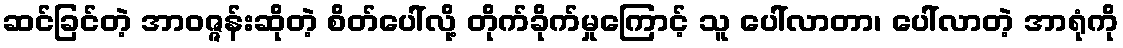
ဆင်ခြင်တဲ့ အာဝဇ္ဇန်းဆိုတဲ့ စိတ်ပေါ်လို့ တိုက်ခိုက်မှုကြောင့် သူ ပေါ်လာတာ၊ ပေါ်လာတဲ့ အာရုံကို